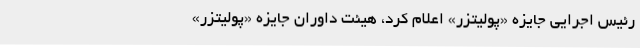
رئیس اجرایی جایزه «پولیتزر» اعلام کرد،‌ هیئت داوران جایزه «پولیتزر»